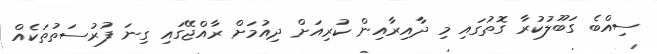
ސިއްބެ ގަބޫލުކުރާ ގޮތުގައި މި ދާއިރާއިން ކުރިއަށް ދިއުމަށް ރާއްޖޭގައި ގިނަ ފުރުސަތުތަކެއް